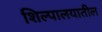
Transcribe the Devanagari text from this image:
शिल्पालयातील